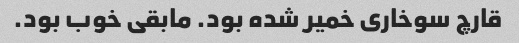
قارچ سوخاری خمیر شده بود. مابقی خوب بود.